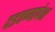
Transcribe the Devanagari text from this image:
दडवण्यापेक्षा